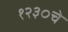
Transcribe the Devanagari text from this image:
१२३०चे